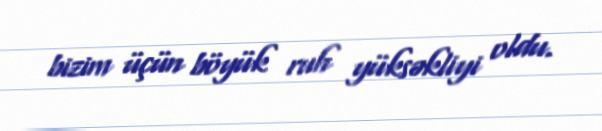
bizim üçün böyük ruh yüksəkliyi oldu.